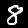
Label: 8